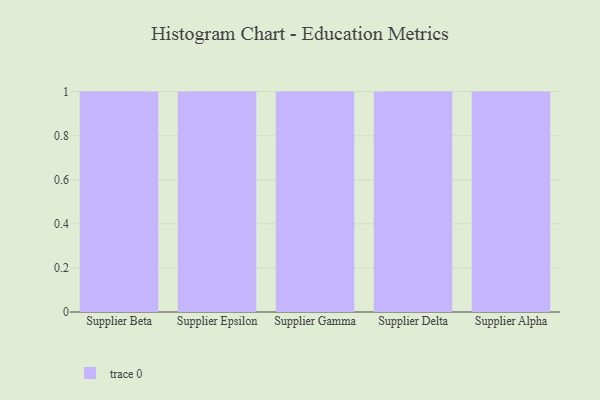
{"axis": {"x": "Supplier", "y": "Conversion Rate (%)"}, "legend": [""], "data": [{"x": "Supplier Beta", "y": 22, "type": ""}, {"x": "Supplier Epsilon", "y": 2, "type": ""}, {"x": "Supplier Gamma", "y": 37, "type": ""}, {"x": "Supplier Delta", "y": 10, "type": ""}, {"x": "Supplier Alpha", "y": 92, "type": ""}]}